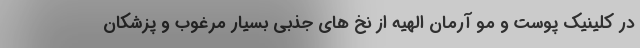
در کلینیک پوست و مو آرمان الهیه از نخ های جذبی بسیار مرغوب و پزشکان